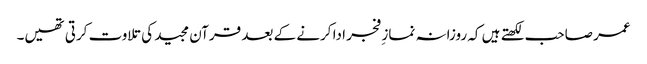
عمر صاحب لکھتے ہیں کہ روزانہ نماز ِفجر ادا کرنے کے بعد قرآن مجید کی تلاوت کرتی تھیں۔